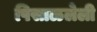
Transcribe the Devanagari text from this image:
पिसाळलेली